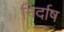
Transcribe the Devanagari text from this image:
निर्दाष